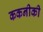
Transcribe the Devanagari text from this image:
ककनीकी